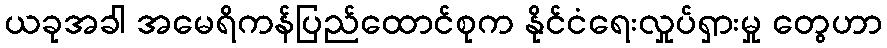
ယခုအခါ အမေရိကန်ပြည်ထောင်စုက နိုင်ငံရေးလှုပ်ရှားမှု တွေဟာ